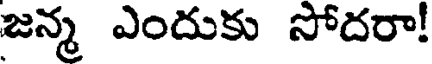
జన్మ ఎందుకు సోదరా!